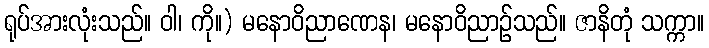
ရုပ်အားလုံးသည်။ ဝါ၊ ကို။) မနောဝိညာဏေန၊ မနောဝိညာဉ်သည်။ ဇာနိတုံ သက္ကာ။